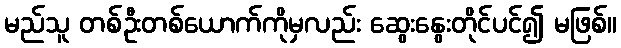
မည်သူ တစ်ဦးတစ်ယောက်ကိုမှလည်း ဆွေးနွေးတိုင်ပင်၍ မဖြစ်။